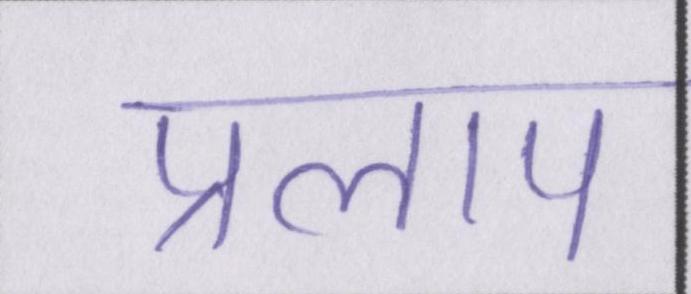
प्रलाप